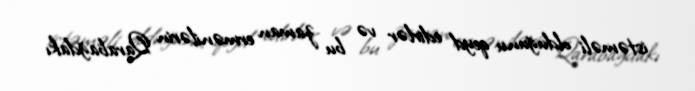
istəməli olduğunu qeyd edirlər və bu zaman ermənilərin Qarabağdakı